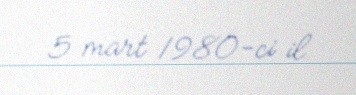
5 mart 1980-ci il